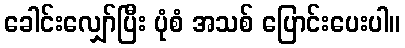
ခေါင်းလျှော်ပြီး ပုံစံ အသစ် ပြောင်းပေးပါ။